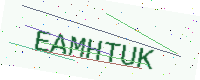
Text: EAMHTUK